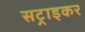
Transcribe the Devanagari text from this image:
सट्राइकर